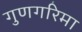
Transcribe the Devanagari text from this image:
गुणगरिमा